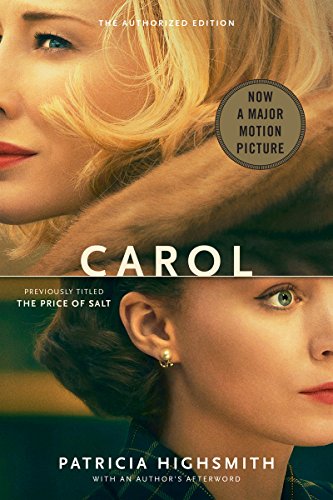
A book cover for Carol (Movie Tie-In); Patricia Highsmith; Literature & Fiction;